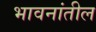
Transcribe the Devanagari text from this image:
भावनांतील